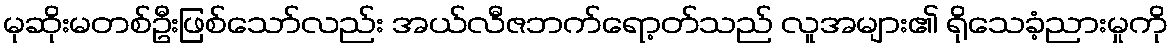
မုဆိုးမတစ်ဦးဖြစ်သော်လည်း အယ်လီဇဘက်ရော့တ်သည် လူအများ၏ ရိုသေခံ့ညားမှုကို